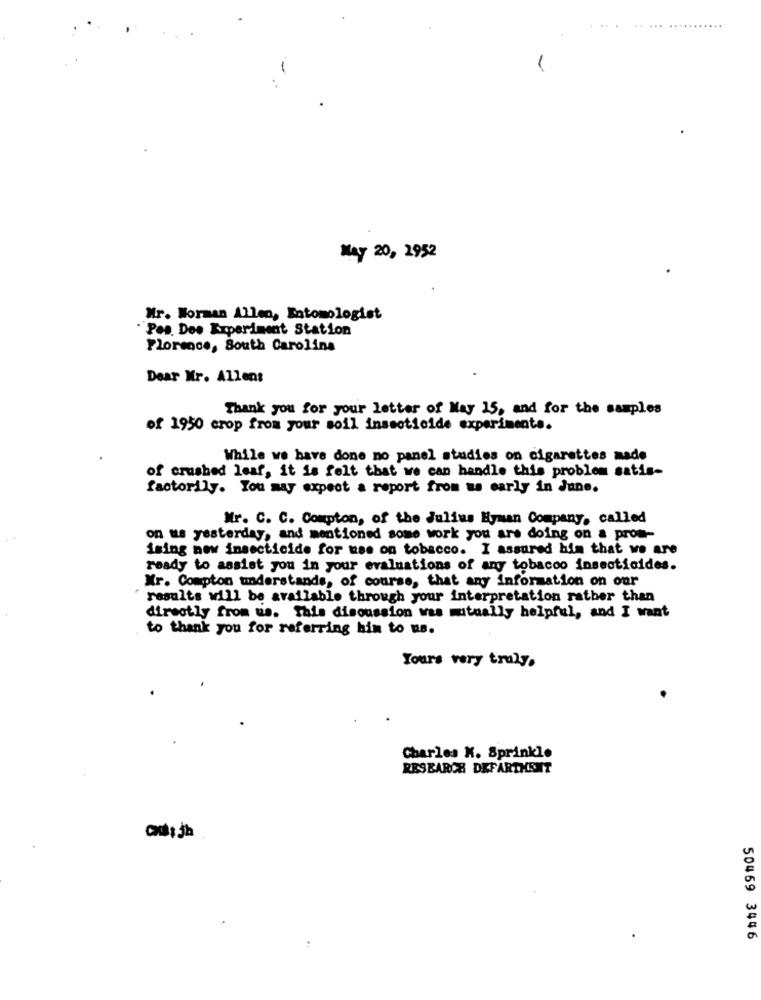
-
May 20, 2952
Mr. Worman Allen, Entomologist
"Pas. Des Experiment Station
Florence, South Carolina
Dear Mr. Allen:
Thank you for your letter of May 15, and for the samples
of 1950 crop from your soil insecticide experiments.
While we have done no panel studies on cigarettes made
of crushed leaf, it is felt that we can handle this problem satis-
factorily. You may expect a report from us early in June.
Mr. C. C. Compton, of the Julius Hyman Company, called
on us yesterday, and mentioned some work you are doing on a prom-
ising new insecticide for use on tobacco. I assured him that we are
ready to assist you in your evaluations of any tobacco insecticides.
Mr. Compton understands, of course, that any information on our
results will be available through your interpretation rather than
directly from us. This discussion was mutually helpful, and I want
to thank you for referring him to us.
Tours very truly.
Charles K. Sprinkle
RESEARCH DEFARTHENT
50469 3446
..